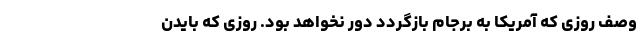
وصف روزی که آمریکا به برجام بازگردد دور نخواهد بود. روزی که بایدن